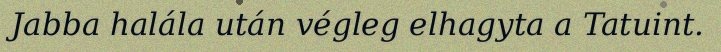
Jabba halála után végleg elhagyta a Tatuint.